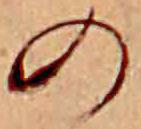
の